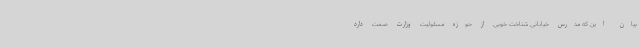
بیان این که مدرس خیابانی شناخت خوبی از حوزه مسئولیت وزارت صمت دارد